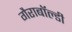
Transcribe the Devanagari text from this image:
गैराबॉल्डी